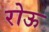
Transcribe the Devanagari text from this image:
रोऊ